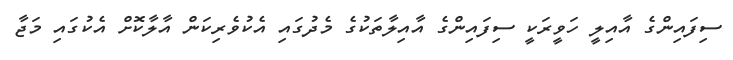
ސިފައިންގެ އާއިލީ ހަވީރަކީ ސިފައިންގެ އާއިލާތަކުގެ މެދުގައި އެކުވެރިކަން އާލާކޮށް އެކުގައި މަޖާ